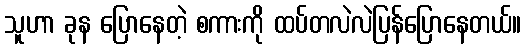
သူဟာ ခုန ပြောနေတဲ့ စကားကို ထပ်တလဲလဲပြန်ပြောနေတယ်။